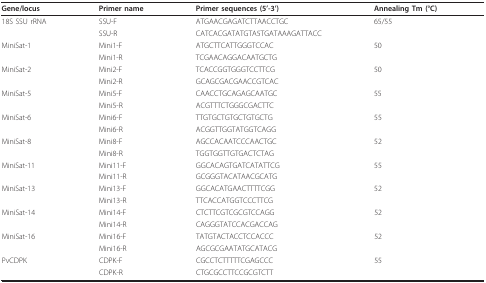
<table><thead><tr><td><b>Gene/locus</b></td><td><b>Primer name</b></td><td><b>Primer sequences (5&#x27;-3&#x27;)</b></td><td><b>Annealing Tm (°C)</b></td></tr></thead><tbody><tr><td>18S SSU rRNA</td><td>SSU-F</td><td>ATGAACGAGATCTTAACCTGC</td><td>65/55</td></tr><tr><td></td><td>SSU-R</td><td>CATCACGATATGTA5TGATAAAGATTACC</td><td></td></tr><tr><td>MiniSat-1</td><td>Mini1-F</td><td>ATGCTTCATTGGGTCCAC</td><td>50</td></tr><tr><td></td><td>Mini1-R</td><td>TCGAACAGGACAATGCTG</td><td></td></tr><tr><td>MiniSat-2</td><td>Mini2-F</td><td>TCACCGGTGGGTCCTTCG</td><td>50</td></tr><tr><td></td><td>Mini2-R</td><td>GCAGCGACGAACCGTCAC</td><td></td></tr><tr><td>MiniSat-5</td><td>Mini5-F</td><td>CAACCTGCAGAGCAATGC</td><td>55</td></tr><tr><td></td><td>Mini5-R</td><td>ACGTTTCTGGGCGACTTC</td><td></td></tr><tr><td>MiniSat-6</td><td>Mini6-F</td><td>TTGTGCTGTGCTGTGCTG</td><td>55</td></tr><tr><td></td><td>Mini6-R</td><td>ACGGTTGGTATGGTCAGG</td><td></td></tr><tr><td>MiniSat-8</td><td>Mini8-F</td><td>AGCCACAATCCCAACTGC</td><td>52</td></tr><tr><td></td><td>Mini8-R</td><td>TGGTGGTTGTGACTCTAG</td><td></td></tr><tr><td>MiniSat-11</td><td>Mini11-F</td><td>GGCACAGTGATCATATTCG</td><td>55</td></tr><tr><td></td><td>Mini11-R</td><td>GCGGGTACATAACGCATG</td><td></td></tr><tr><td>MiniSat-13</td><td>Mini13-F</td><td>GGCACATGAACTTTTCGG</td><td>52</td></tr><tr><td></td><td>Mini13-R</td><td>TTCACCATGGTCCCTTCG</td><td></td></tr><tr><td>MiniSat-14</td><td>Mini14-F</td><td>CTCTTCGTCGCGTCCAGG</td><td>52</td></tr><tr><td></td><td>Mini14-R</td><td>CAGGGTATCCACGACCAG</td><td></td></tr><tr><td>MiniSat-16</td><td>Mini16-F</td><td>TATGTACTACCTCCACCC</td><td>52</td></tr><tr><td></td><td>Mini16-R</td><td>AGCGCGAATATGCATACG</td><td></td></tr><tr><td>PvCDPK</td><td>CDPK-F</td><td>CGCCTCTTTTTCGAGCCC</td><td>55</td></tr><tr><td></td><td>CDPK-R</td><td>CTGCGCCTTCCGCGTCTT</td><td></td></tr></tbody></table>